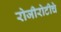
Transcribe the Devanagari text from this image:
रोजीरोटीचे